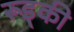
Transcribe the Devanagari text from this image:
रूड्की